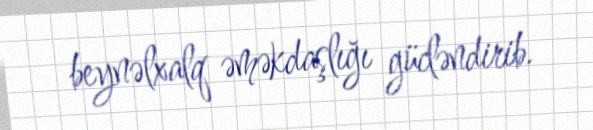
beynəlxalq əməkdaşlığı gücləndirib.